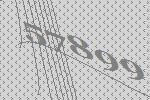
57899